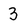
Character: 3